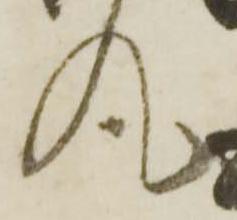
丸